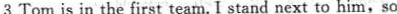
3Tom is in the first team. I stand next to him,so